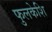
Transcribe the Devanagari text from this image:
फुलकेशि